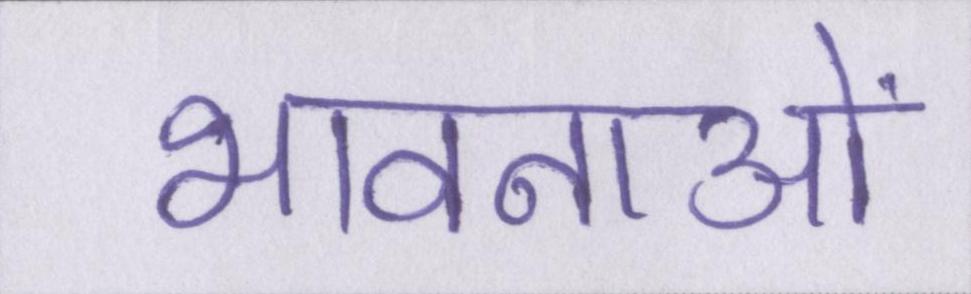
भावनाओं